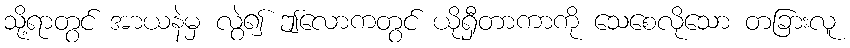
သို့ရာတွင် အာယနဲမှ လွဲ၍ ဤလောကတွင် ယိုရှီတာကာကို သေစေလိုသော တခြားလူ